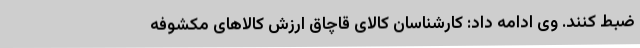
ضبط کنند. وی ادامه داد: کارشناسان کالای قاچاق ارزش کالاهای مکشوفه